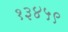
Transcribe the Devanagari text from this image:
१३४५९